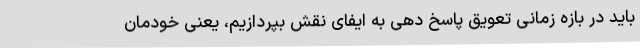
باید در بازه زمانی تعویق پاسخ دهی به ایفای نقش بپردازیم، یعنی خودمان